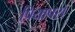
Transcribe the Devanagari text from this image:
प्रियापस